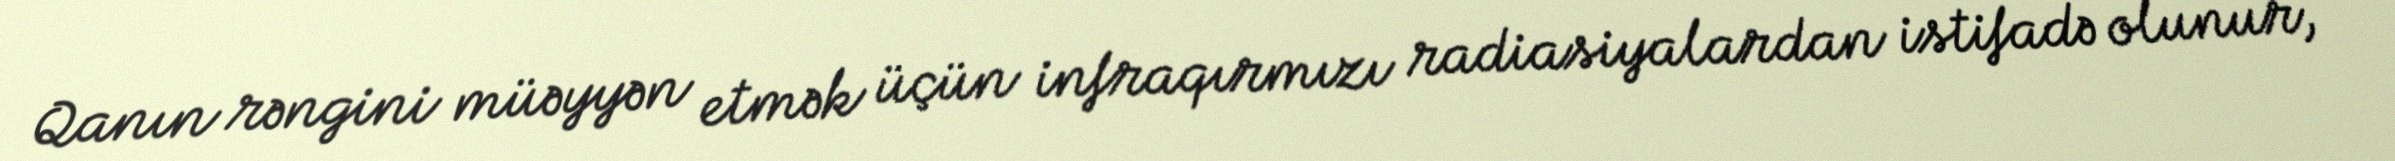
Qanın rəngini müəyyən etmək üçün infraqırmızı radiasiyalardan istifadə olunur,